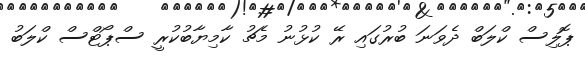
ޕޮލިސް ކްލަބް ދެވަނަ ބުރުގައި ރޭ ކުޅުނު މެޗު ކާމިޔާބުކުރީ ސްޕޯޓްސް ކްލަބު